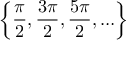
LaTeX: \left\{ { \frac { \pi } { 2 } } , { \frac { 3 \pi } { 2 } } , { \frac { 5 \pi } { 2 } } , \ldots \right\}